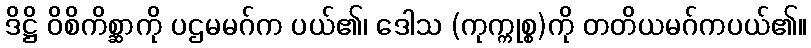
ဒိဋ္ဌိ ဝိစိကိစ္ဆာကို ပဌမမဂ်က ပယ်၏၊ ဒေါသ (ကုက္ကုစ္စ)ကို တတိယမဂ်ကပယ်၏။